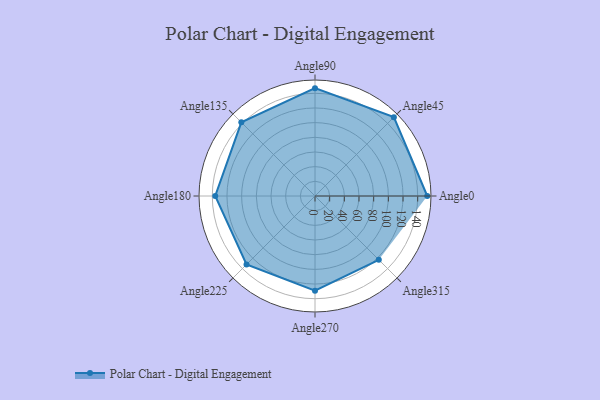
{"axis": {"x": "Angle", "y": "Radius"}, "legend": [""], "data": [{"x": "Angle0", "y": 153.0, "type": ""}, {"x": "Angle45", "y": 152.0, "type": ""}, {"x": "Angle90", "y": 147.0, "type": ""}, {"x": "Angle135", "y": 142.0, "type": ""}, {"x": "Angle180", "y": 136.0, "type": ""}, {"x": "Angle225", "y": 132.0, "type": ""}, {"x": "Angle270", "y": 129.0, "type": ""}, {"x": "Angle315", "y": 123.0, "type": ""}]}